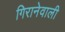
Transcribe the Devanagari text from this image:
गिरानेवाली